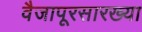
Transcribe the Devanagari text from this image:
वैजापूरसारख्या